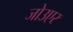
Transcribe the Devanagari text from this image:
जोउएर